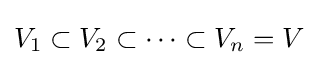
V_{1}\subset V_{2}\subset \cdots \subset V_{n}=V